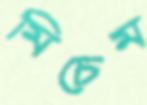
মিচেম